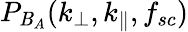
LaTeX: P_{\mathit{B}_{A}}(k_{\perp},k_{\parallel},f_{sc})